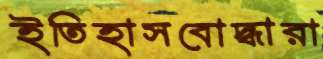
ইতিহাসবোদ্ধারা